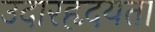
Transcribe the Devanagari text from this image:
उदारहृदयता